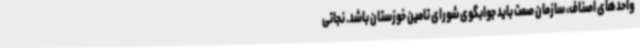
واحدهای اصناف، سازمان صمت باید جوابگوی شورای تامین خوزستان باشد. نجاتی